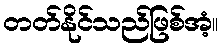
တတ်နိုင်သည်ဖြစ်အံ့။